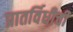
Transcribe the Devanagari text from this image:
प्रातर्विधीची